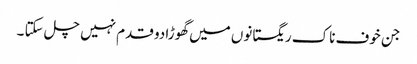
جن خوف ناک ریگستانوں میں گھوڑا دو قدم نہیں چل سکتا ۔